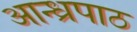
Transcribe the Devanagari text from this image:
आन्ध्रपाठ